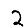
Digit: 2